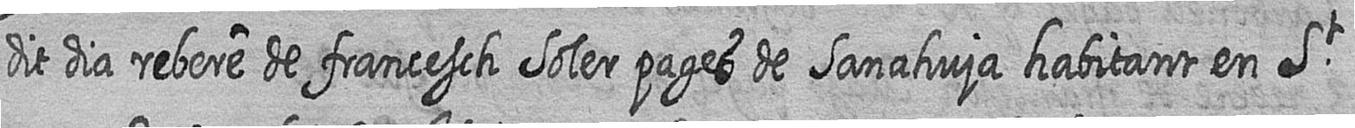
dit dia rebere de francesch Soler pages de Sanahuja habitant en St